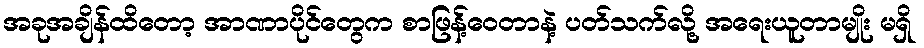
အခုအချိန်ထိတော့ အာဏာပိုင်တွေက စာဖြန့်ဝေတာနဲ့ ပတ်သက်လို့ အရေးယူတာမျိုး မရှိ